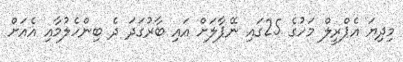
މިދިޔަ އެޕްރީލް މަހުގެ 25ގައި ނޭޕާލަށް އައި ބާރުގަދަ ދެ ބިންހެލުމާއި އެއަށް